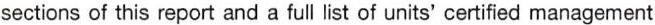
sections of this report and a full list of units' certified management